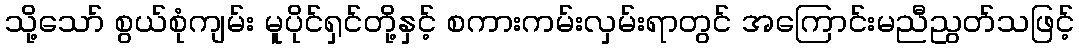
သို့သော် စွယ်စုံကျမ်း မူပိုင်ရှင်တို့နှင့် စကားကမ်းလှမ်းရာတွင် အကြောင်းမညီညွတ်သဖြင့်